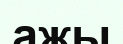
ажы